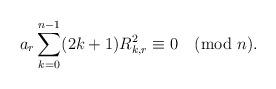
LaTeX: \begin{align*}a_{r}\sum_{k=0}^{n-1}(2k+1)R_{k,r}^2\equiv 0 \pmod{n}. \end{align*}